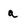
Character: a